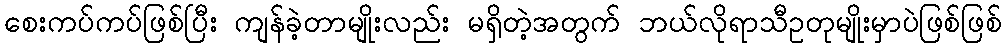
စေးကပ်ကပ်ဖြစ်ပြီး ကျန်ခဲ့တာမျိုးလည်း မရှိတဲ့အတွက် ဘယ်လိုရာသီဥတုမျိုးမှာပဲဖြစ်ဖြစ်